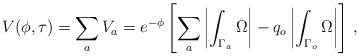
\begin{align*}V(\phi,\tau) = \sum_a V_a = e^{- \phi} \left[\sum_a \left|\int_{\Gamma_a} \Omega\right| - q_o \left|\int_{\Gamma_o} \Omega\right|\right]\,,\end{align*}